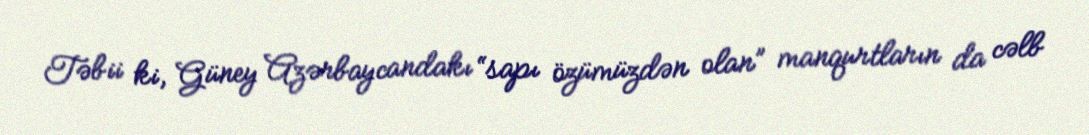
Təbii ki, Güney Azərbaycandakı “sapı özümüzdən olan” manqurtların da cəlb